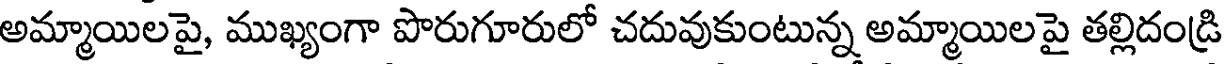
అమ్మాయిలపై, ముఖ్యంగా పొరుగూరులో చదువుకుంటున్న అమ్మాయిలపై తల్లిదండ్రి